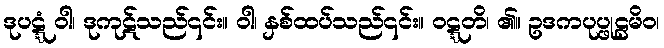
ဒုပဋ္ဋံ ဝါ၊ ဒုကုဋ်သည်၎င်း။ ဝါ၊ နှစ်ထပ်သည်၎င်း။ ဝဋ္ဋတိ၊ ၏။ ဥဒကပုပ္ဖုဠမိဝ၊